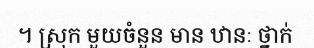
។ ស្រុក មួយចំនួន មាន ឋានៈ ថ្នាក់